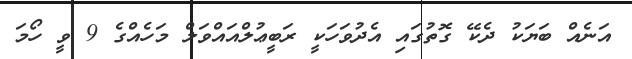
އަނެއް ބަޔަކު ދެކޭ ގޮތުގައި އެދުވަހަކީ ރަބީޢުލްއައްވަލް މަހެއްގެ 9 ވީ ހޯމަ